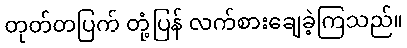
တုတ်တပြက် တုံ့ပြန် လက်စားချေခဲ့ကြသည်။